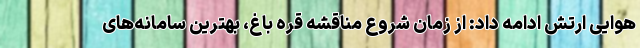
هوایی ارتش ادامه داد: از زمان شروع مناقشه قره باغ، بهترین سامانه‌های